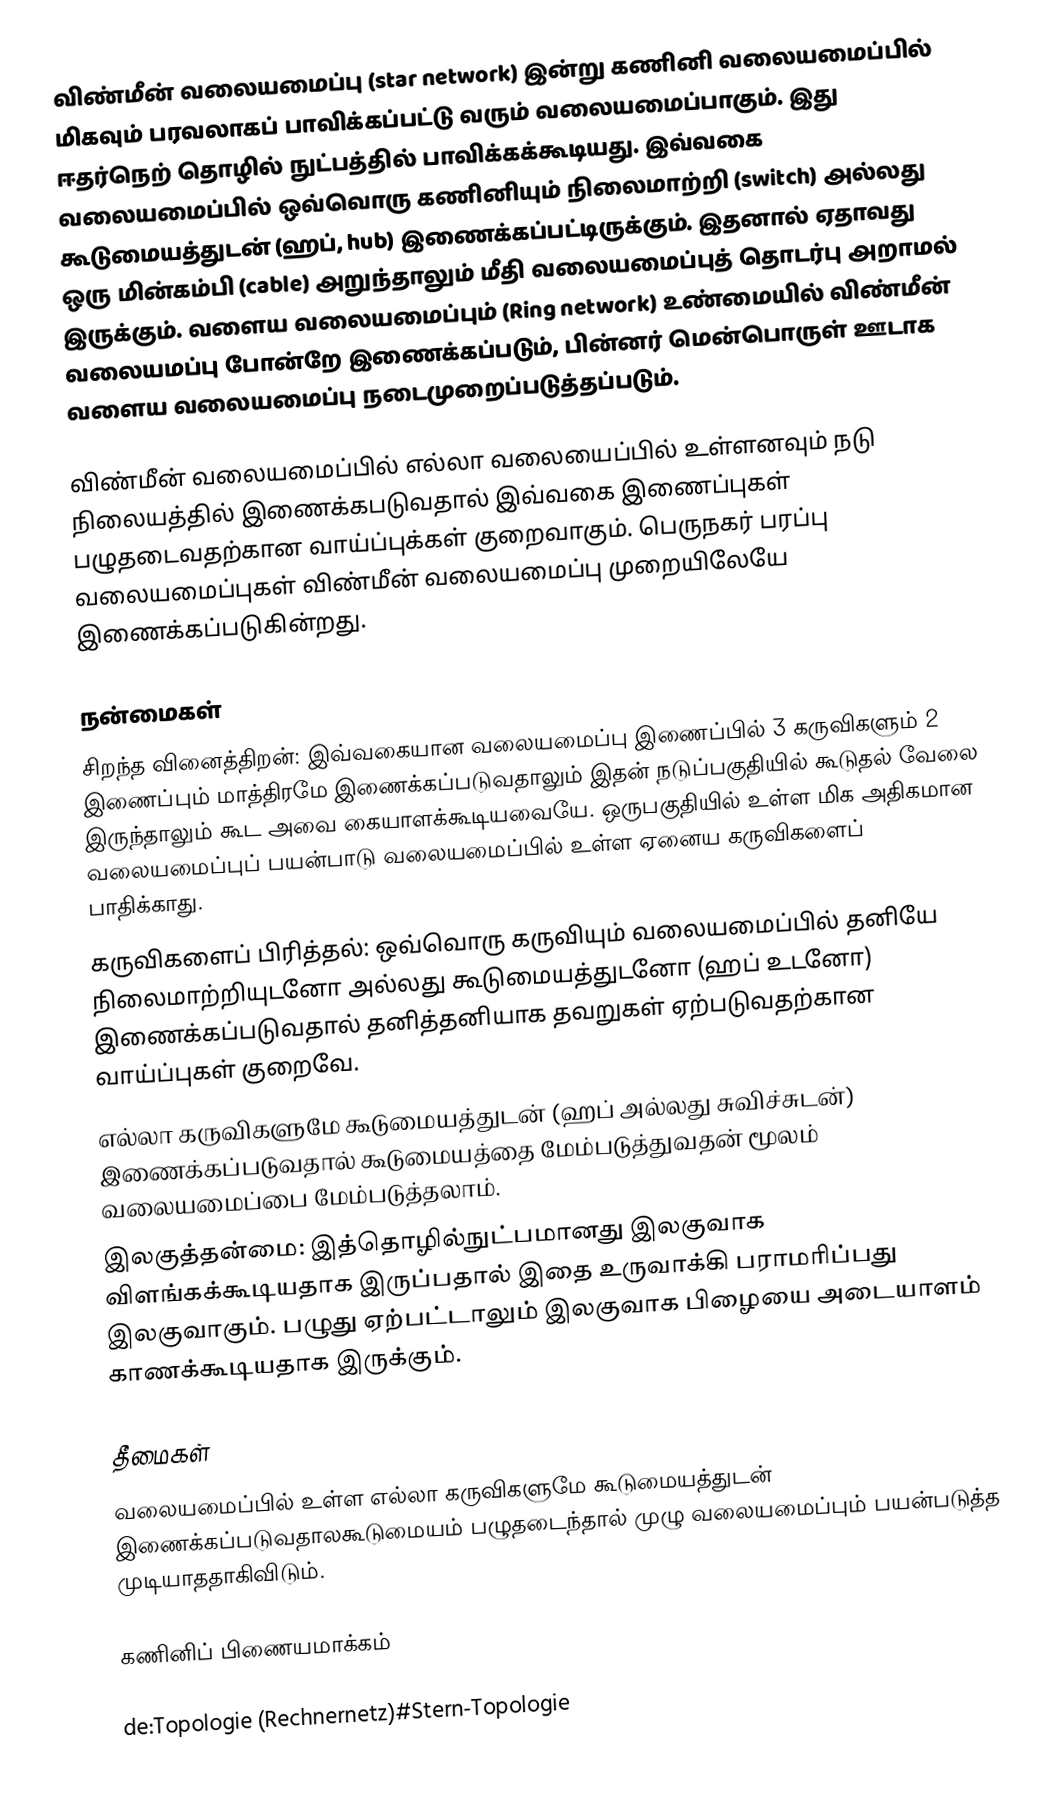
விண்மீன் வலையமைப்பு (star network) இன்று கணினி வலையமைப்பில் மிகவும் பரவலாகப் பாவிக்கப்பட்டு வரும் வலையமைப்பாகும். இது ஈதர்நெற் தொழில் நுட்பத்தில் பாவிக்கக்கூடியது. இவ்வகை வலையமைப்பில் ஒவ்வொரு கணினியும் நிலைமாற்றி (switch) அல்லது கூடுமையத்துடன் (ஹப், hub) இணைக்கப்பட்டிருக்கும். இதனால் ஏதாவது ஒரு மின்கம்பி (cable) அறுந்தாலும் மீதி வலையமைப்புத் தொடர்பு அறாமல் இருக்கும். வளைய வலையமைப்பும் (Ring network) உண்மையில் விண்மீன் வலையமப்பு போன்றே இணைக்கப்படும், பின்னர் மென்பொருள் ஊடாக வளைய வலையமைப்பு நடைமுறைப்படுத்தப்படும்.

விண்மீன் வலையமைப்பில் எல்லா வலையைப்பில் உள்ளனவும் நடு நிலையத்தில் இணைக்கபடுவதால் இவ்வகை இணைப்புகள் பழுதடைவதற்கான வாய்ப்புக்கள் குறைவாகும். பெருநகர் பரப்பு வலையமைப்புகள் விண்மீன் வலையமைப்பு முறையிலேயே இணைக்கப்படுகின்றது.

நன்மைகள்
 சிறந்த வினைத்திறன்: இவ்வகையான வலையமைப்பு இணைப்பில் 3 கருவிகளும் 2 இணைப்பும் மாத்திரமே இணைக்கப்படுவதாலும் இதன் நடுப்பகுதியில் கூடுதல் வேலை இருந்தாலும் கூட அவை கையாளக்கூடியவையே. ஒருபகுதியில் உள்ள மிக அதிகமான வலையமைப்புப் பயன்பாடு வலையமைப்பில் உள்ள ஏனைய கருவிகளைப் பாதிக்காது.
 கருவிகளைப் பிரித்தல்: ஒவ்வொரு கருவியும் வலையமைப்பில் தனியே நிலைமாற்றியுடனோ அல்லது கூடுமையத்துடனோ (ஹப் உடனோ) இணைக்கப்படுவதால் தனித்தனியாக தவறுகள் ஏற்படுவதற்கான வாய்ப்புகள் குறைவே.
 எல்லா கருவிகளுமே கூடுமையத்துடன் (ஹப் அல்லது சுவிச்சுடன்) இணைக்கப்படுவதால் கூடுமையத்தை மேம்படுத்துவதன் மூலம் வலையமைப்பை மேம்படுத்தலாம்.
 இலகுத்தன்மை: இத்தொழில்நுட்பமானது இலகுவாக விளங்கக்கூடியதாக இருப்பதால் இதை உருவாக்கி பராமரிப்பது இலகுவாகும். பழுது ஏற்பட்டாலும் இலகுவாக பிழையை அடையாளம் காணக்கூடியதாக இருக்கும்.

தீமைகள்
 வலையமைப்பில் உள்ள எல்லா கருவிகளுமே கூடுமையத்துடன் இணைக்கப்படுவதாலகூடுமையம் பழுதடைந்தால் முழு வலையமைப்பும் பயன்படுத்த முடியாததாகிவிடும்.

கணினிப் பிணையமாக்கம்

de:Topologie (Rechnernetz)#Stern-Topologie